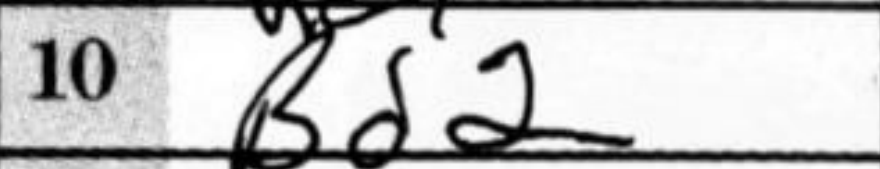
Transcription: Bd2